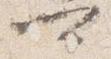
可